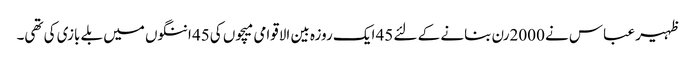
ظہیر عباس نے 2000رن بنانے کے لئے 45 ایک روزہ بین الاقوامی میچوں کی45 اننگوں میں بلے بازی کی تھی۔